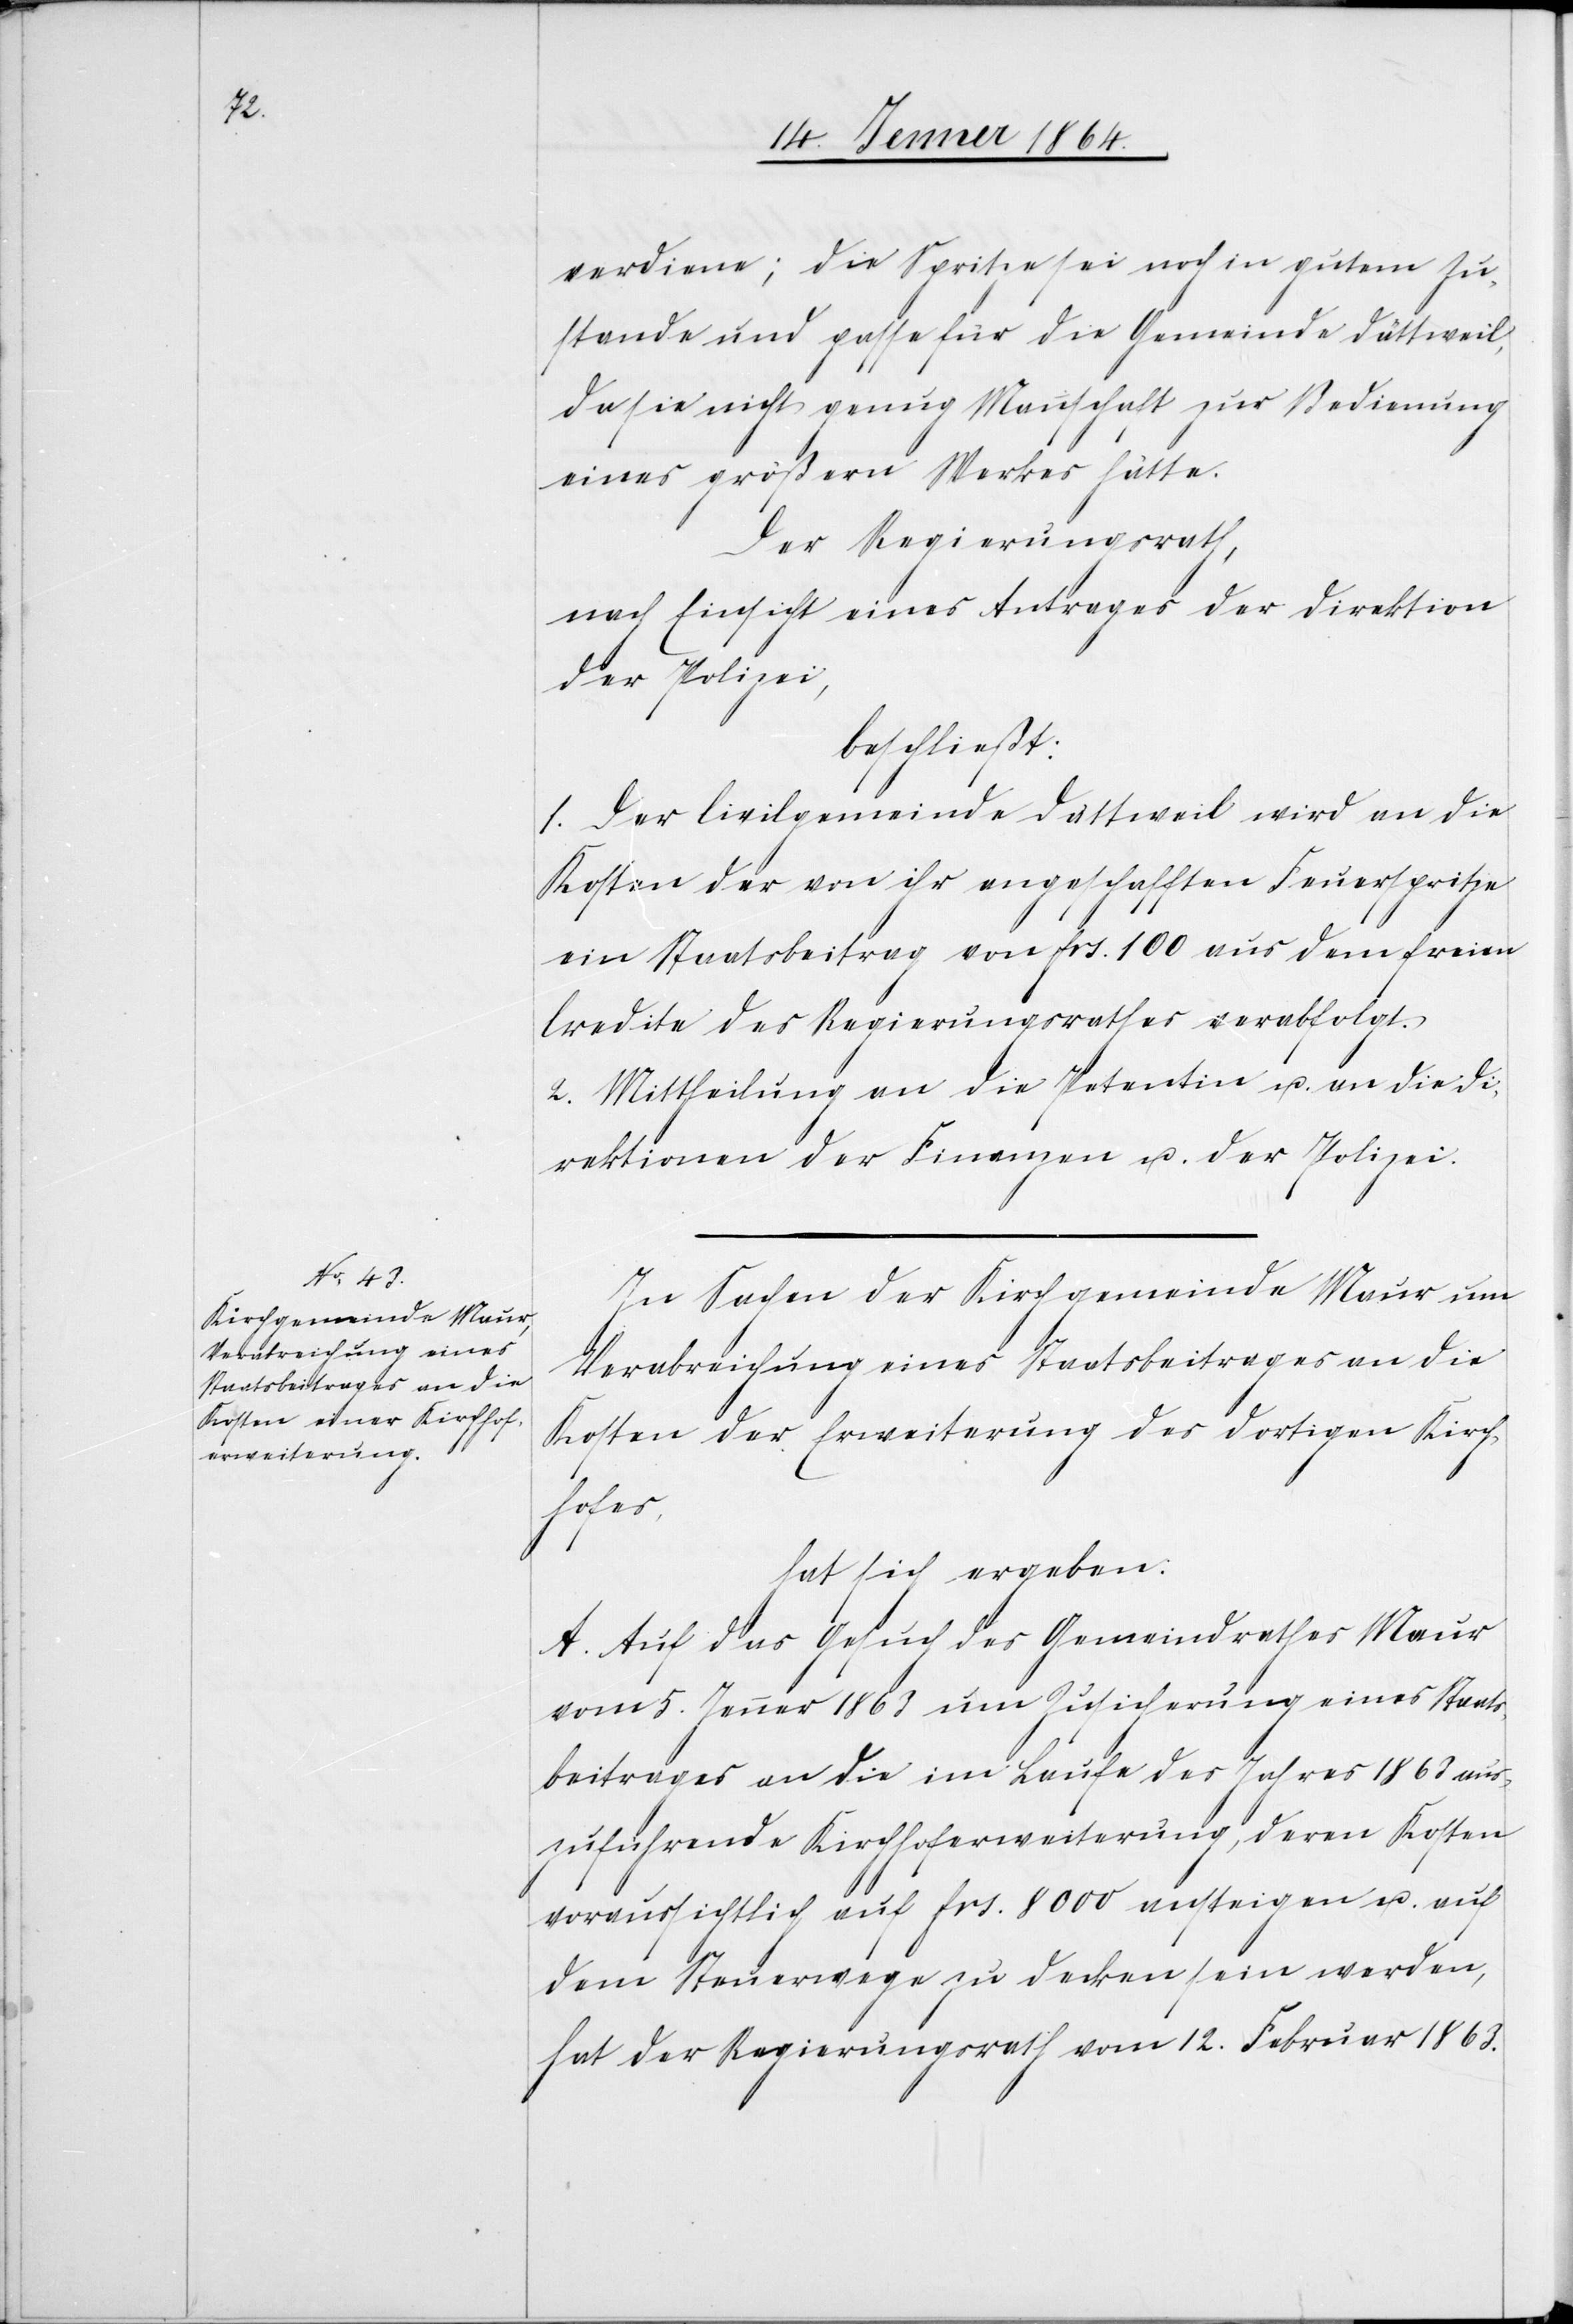
verdiene; die Spritze sei noch in gutem Zu¬
stande und passe für die Gemeinde Dättweil,
da sie nicht genug Mannschaft zur Bedienung
eines größern Werkes hätte.
Der Regierungsrath,
nach Einsicht eines Antrages der Direktion
der Polizei,
beschließt:
1. Der Civilgemeinde Dättweil wird an die
Kosten der von ihr angeschafften Feuerspritze
ein Staatsbeitrag von frs. 100 aus dem freien
Credite des Regierungsrathes verabfolgt.
2. Mittheilung an die Petentin u. an die Di¬
rektionen der Finanzen u. der Polizei.
In Sachen der Kirchgemeinde Maur um
Verabreichung eines Staatsbeitrages an die
Kosten der Erweiterung des dortigen Kirch¬
hofes,
hat sich ergeben:
A. Auf das Gesuch des Gemeindrathes Maur
vom 5. Jenner 1863 um Zusicherung eines Staats¬
beitrages an die im Laufe des Jahres 1863 aus¬
zuführende Kirchhoferweiterung, deren Kosten
voraussichtlich auf frs. 8000 ansteigen u. auf
dem Steuerwege zu decken sein werden,
hat der Regierungsrath vom 12. Februar 1863.